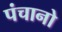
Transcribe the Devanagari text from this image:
पंचानो